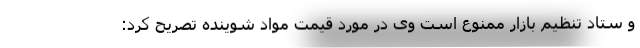
و ستاد تنظیم بازار ممنوع است وی در مورد قیمت مواد شوینده تصریح کرد: